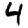
Digit: 4